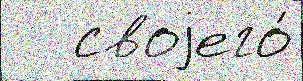
   своjего́